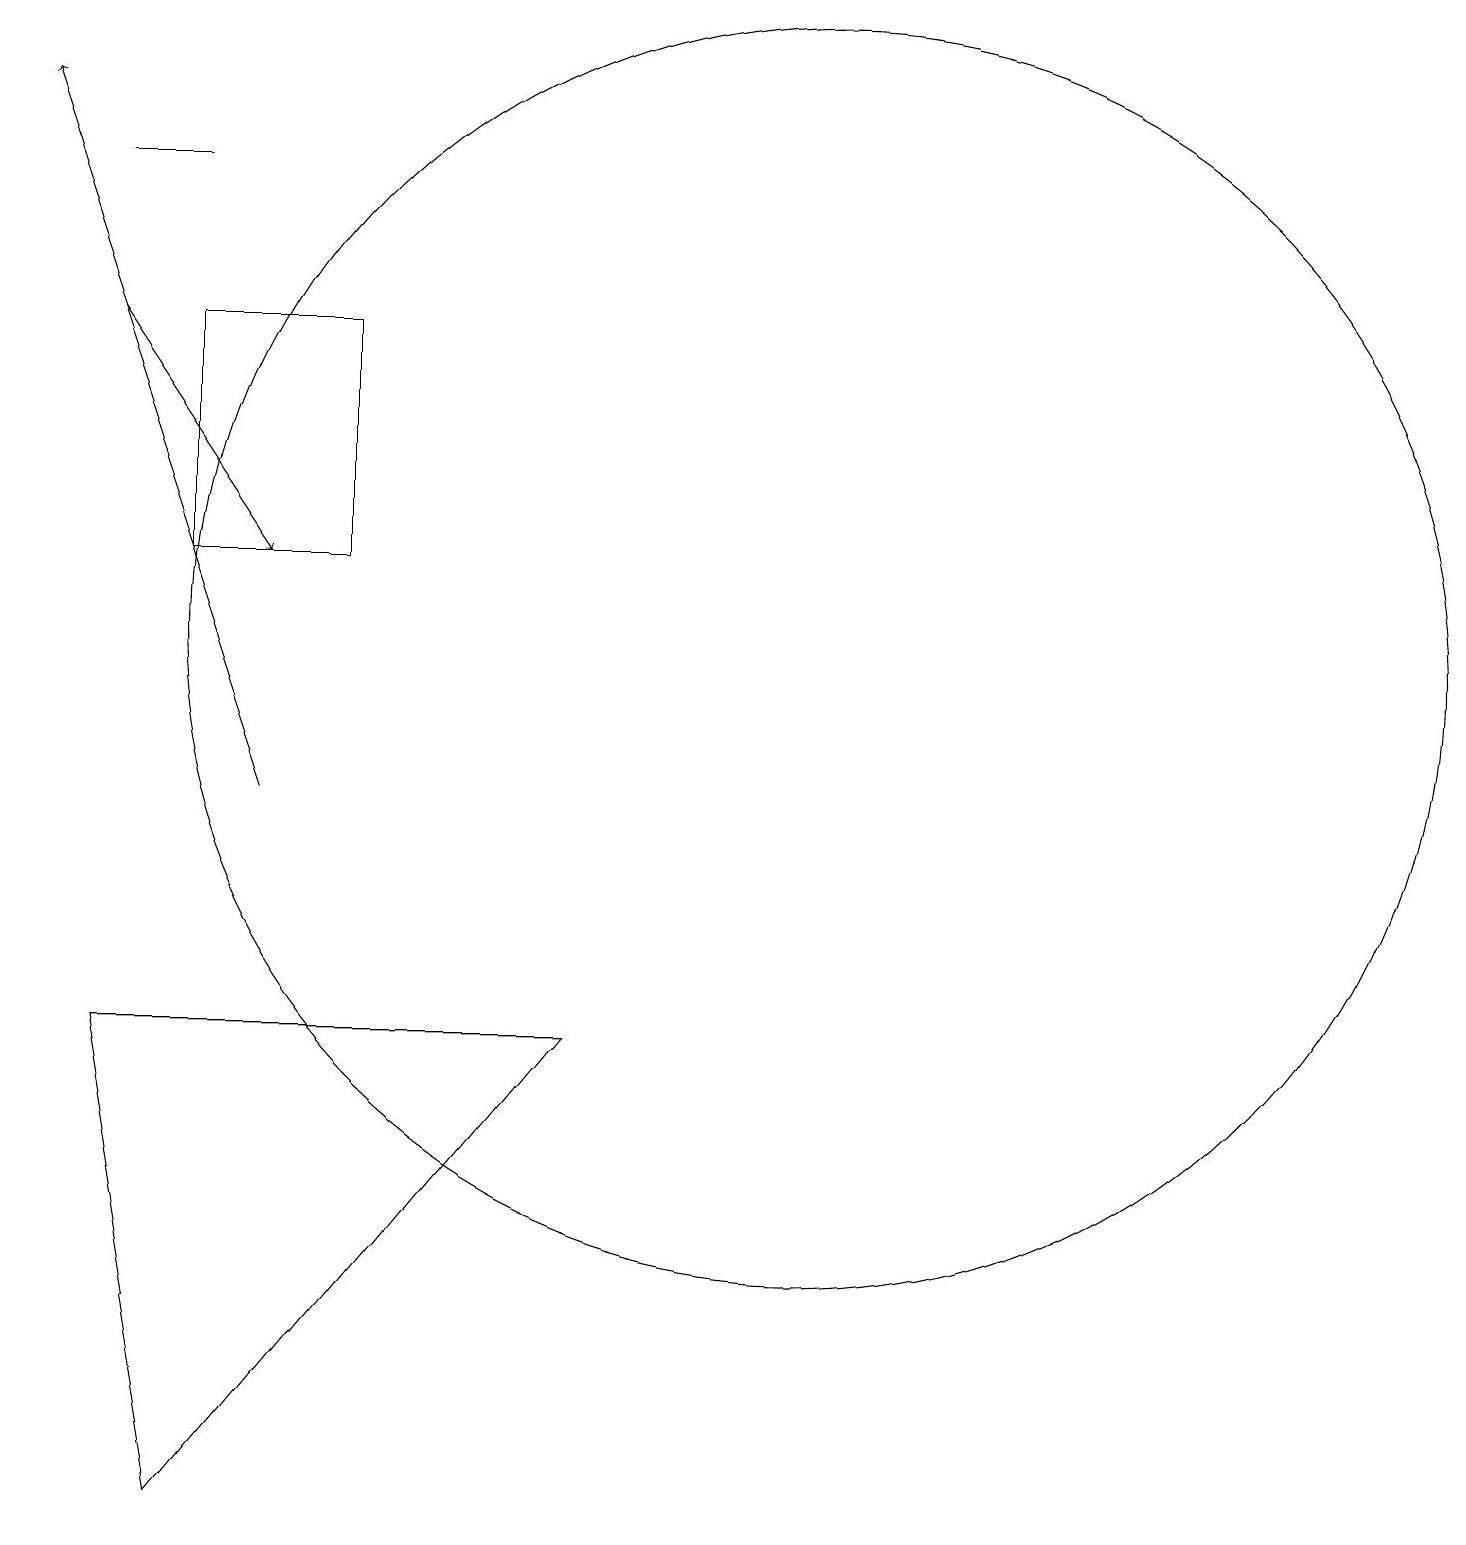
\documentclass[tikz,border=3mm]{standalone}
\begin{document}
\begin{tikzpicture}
\draw (2,1) -- (7,7) -- (1,7) -- cycle;
\draw[->] (3,10) -- (0,19);
\draw (11,10) circle (0);
\draw (4,13) rectangle (2,16);
\draw (10,12) circle (8);
\draw (2,18) rectangle (1,18);
\draw[->] (1,16) -- (3,13);
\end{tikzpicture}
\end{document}